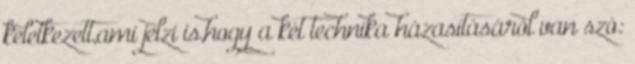
keletkezett,ami jelzi is,hogy a két technika házasításáról van szó: